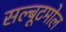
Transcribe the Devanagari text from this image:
सल्बूटमोल